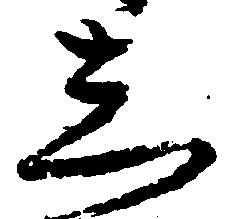
し